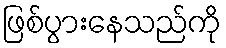
ဖြစ်ပွားနေသည်ကို